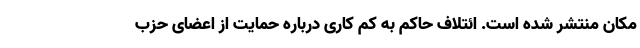
مکان منتشر شده است. ائتلاف حاکم به کم کاری درباره حمایت از اعضای حزب